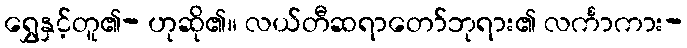
ရွှေနှင့်တူ၏- ဟုဆို၏။ လယ်တီဆရာတော်ဘုရား၏ လင်္ကာကား-